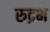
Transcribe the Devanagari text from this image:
रुद्रभ